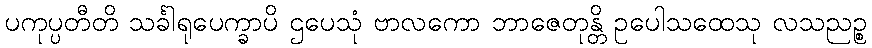
ပကုပ္ပတီတိ သင်္ခါရုပေက္ခာပိ ဌပေသုံ ဗာလကော ဘာဇေတုန္တိ ဥပေါသထေသု လသညဉ္စ